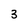
Character: 3